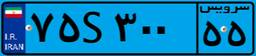
۷۶S۹۷۲۹۸